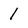
Character: 1